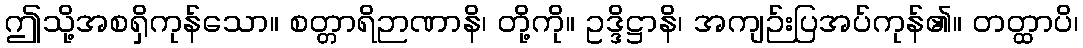
ဤသို့အစရှိကုန်သော။ စတ္တာရိဉာဏာနိ၊ တို့ကို။ ဥဒ္ဒိဋ္ဌာနိ၊ အကျဉ်းပြအပ်ကုန်၏။ တတ္ထာပိ၊